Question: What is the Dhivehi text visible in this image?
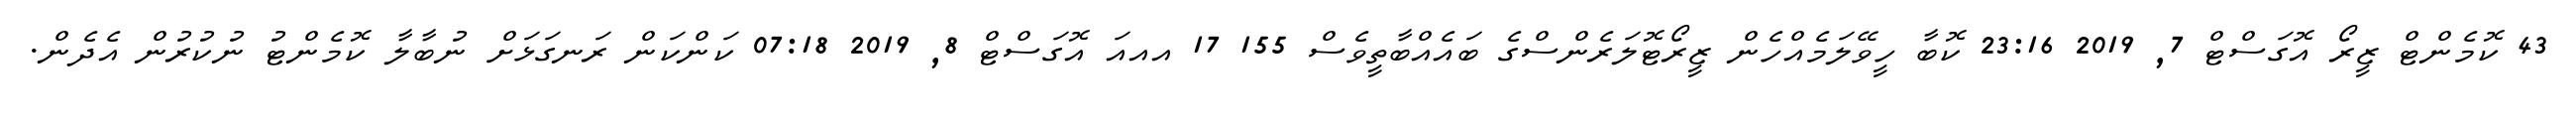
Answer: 43 ކޮމެންޓް ޒީރޯ އޮގަސްޓް 7, 2019 23:16 ކޮބާ ހީވޭލަމެއްހެން ޒީރޯޓޮލަރެންސްގެ ބައެއްބާތީވެސް 155 17 އއއަ އޮގަސްޓް 8, 2019 07:18 ކަންކަން ރަނގަޅަށް ނުބާލާ ކޮމެންޓު ނުކުރުން އެދެން.